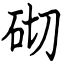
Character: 砌